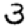
Digit: 3